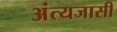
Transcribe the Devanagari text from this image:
अंत्यजासी